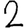
Digit: 2